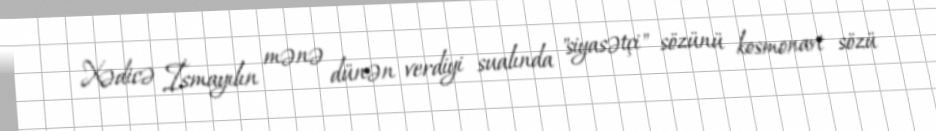
Xədicə İsmayılın mənə dünən verdiyi sualında "siyasətçi" sözünü kosmonavt sözü